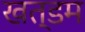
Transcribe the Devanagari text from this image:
खत्डम